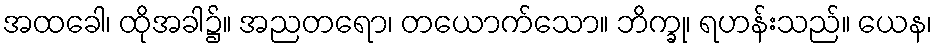
အထခေါ၊ ထိုအခါ၌။ အညတရော၊ တယောက်သော။ ဘိက္ခု၊ ရဟန်းသည်။ ယေန၊